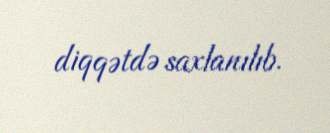
diqqətdə saxlanılıb.